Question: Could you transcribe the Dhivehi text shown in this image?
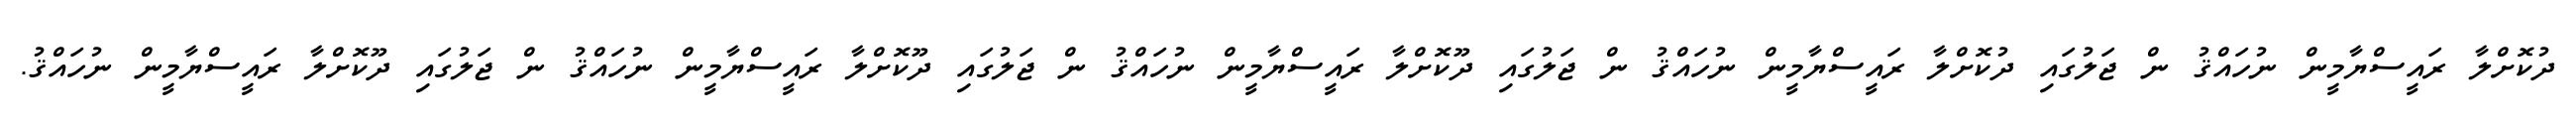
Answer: ދުކޮށްލާ ރައީސްޔާމީން ނުހައްޤު ން ޖަލުގައި ދުކޮށްލާ ރައީސްޔާމީން ނުހައްޤު ން ޖަލުގައި ދޫކޮށްލާ ރައީސްޔާމީން ނުހައްޤު ން ޖަލުގައި ދޫކޮށްލާ ރައީސްޔާމީން ނުހައްޤު ން ޖަލުގައި ދޫކޮށްލާ ރައީސްޔާމީން ނުހައްޤު.